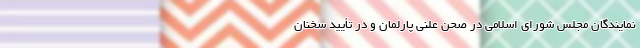
نمایندگان مجلس شورای اسلامی در صحن علنی پارلمان و در تأیید سخنان